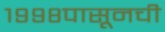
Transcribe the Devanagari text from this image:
१९९८पासूनची